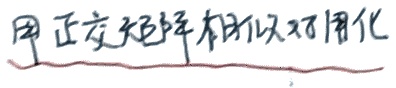
用正交矩阵相似对角化